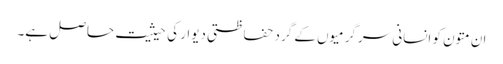
ان متون کو انسانی سرگرمیوں کے گرد حفاظتی دیوار کی حیثیت حاصل ہے۔